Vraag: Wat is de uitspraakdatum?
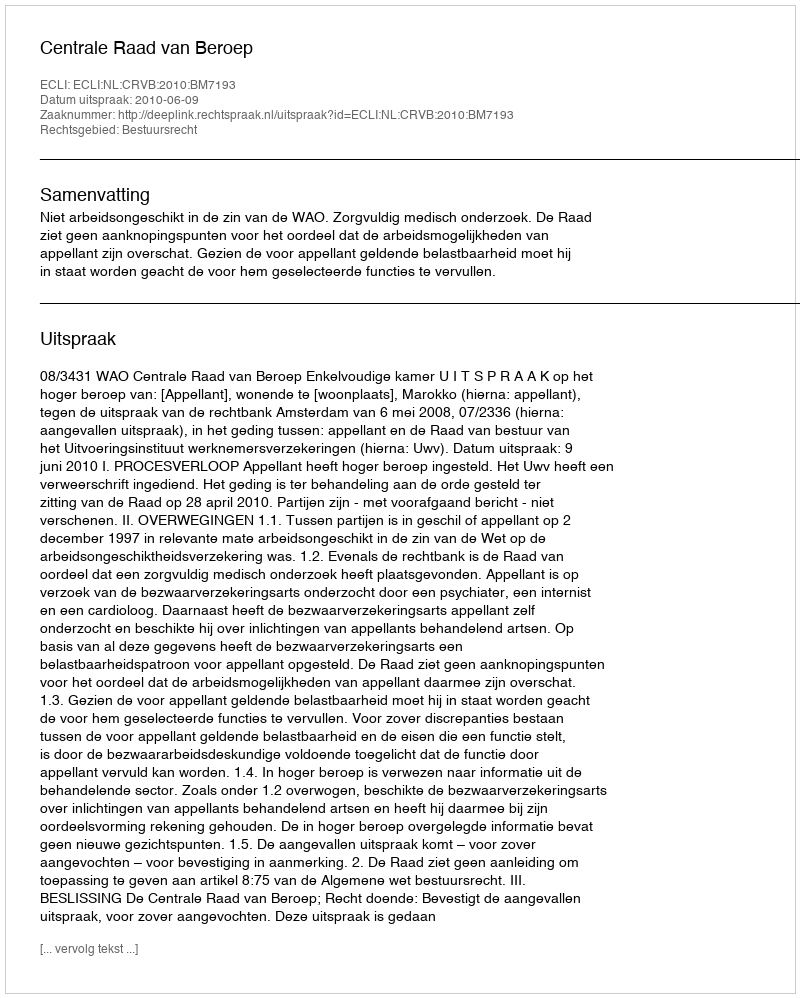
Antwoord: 2010-06-09